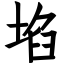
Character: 埳